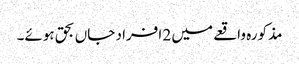
مذکورہ واقعے میں 2 افراد جاں بحق ہوئے۔